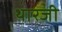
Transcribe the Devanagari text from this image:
थारजी